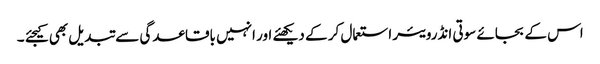
اس کے بجائے سوتی انڈرویئر استعمال کر کے دیکھئے اور انہیں باقاعدگی سے تبدیل بھی کیجئے ۔